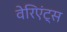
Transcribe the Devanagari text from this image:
वेरिएंट्स